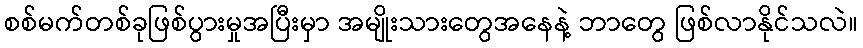
စစ်မက်တစ်ခုဖြစ်ပွားမှုအပြီးမှာ အမျိုးသားတွေအနေနဲ့ ဘာတွေ ဖြစ်လာနိုင်သလဲ။